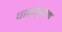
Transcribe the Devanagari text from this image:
पारप्पुरम